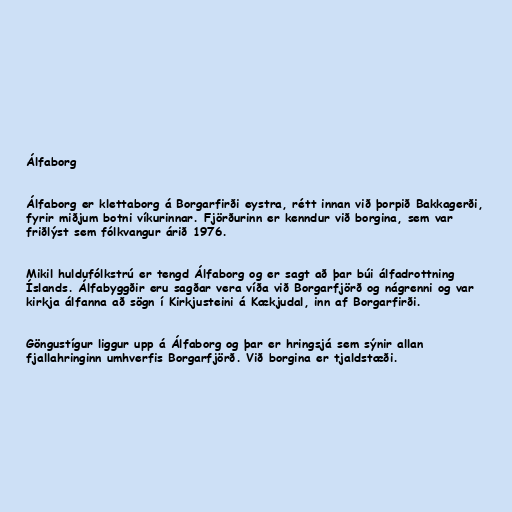
Álfaborg

Álfaborg er klettaborg á Borgarfirði eystra, rétt innan við þorpið Bakkagerði,
fyrir miðjum botni víkurinnar. Fjörðurinn er kenndur við borgina, sem var
friðlýst sem fólkvangur árið 1976.

Mikil huldufólkstrú er tengd Álfaborg og er sagt að þar búi álfadrottning
Íslands. Álfabyggðir eru sagðar vera víða við Borgarfjörð og nágrenni og var
kirkja álfanna að sögn í Kirkjusteini á Kækjudal, inn af Borgarfirði.

Göngustígur liggur upp á Álfaborg og þar er hringsjá sem sýnir allan
fjallahringinn umhverfis Borgarfjörð. Við borgina er tjaldstæði.